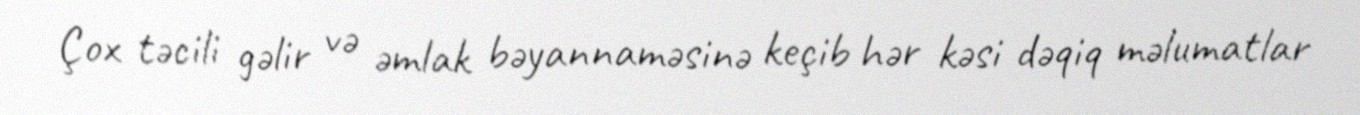
Çox təcili gəlir və əmlak bəyannaməsinə keçib hər kəsi dəqiq məlumatlar